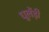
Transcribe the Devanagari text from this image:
धूलेंड़ी